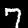
Digit: 7